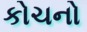
કોચનો